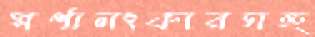
স্বর্ণালংকারসহ